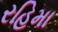
રહિમા